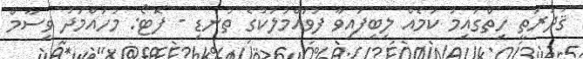
ޤުދުރަތީ ހިތްގައިމު ކަމެއް ލިބިފައިވާ ފުވައްމުލަކުގެ ތުނޑި - ފޮޓޯ: މުހައްމަދު ވިސާމް